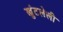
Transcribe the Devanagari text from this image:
खुंटलेली